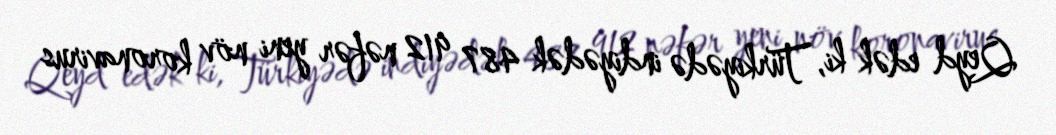
Qeyd edək ki, Türkiyədə indiyədək 487 912 nəfər yeni növ koronavirus